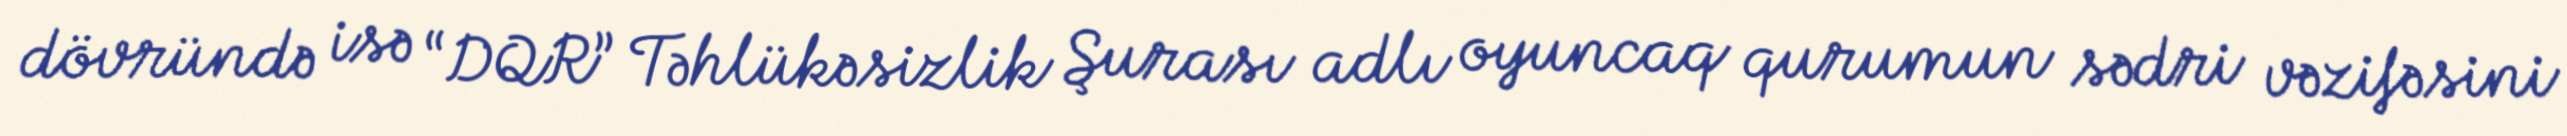
dövründə isə “DQR” Təhlükəsizlik Şurası adlı oyuncaq qurumun sədri vəzifəsini